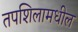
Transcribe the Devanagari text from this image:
तपशिलामधील